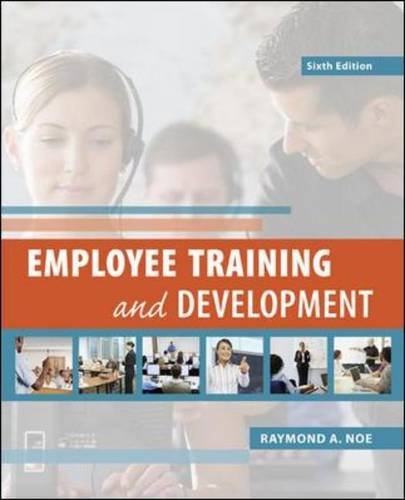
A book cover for Employee Training & Development; Raymond Noe; Business & Money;